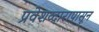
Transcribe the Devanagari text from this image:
प्रवेशव्दारापासून